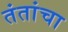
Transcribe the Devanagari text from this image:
तंतांचा